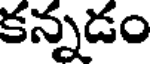
కన్నడం